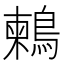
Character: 鶫